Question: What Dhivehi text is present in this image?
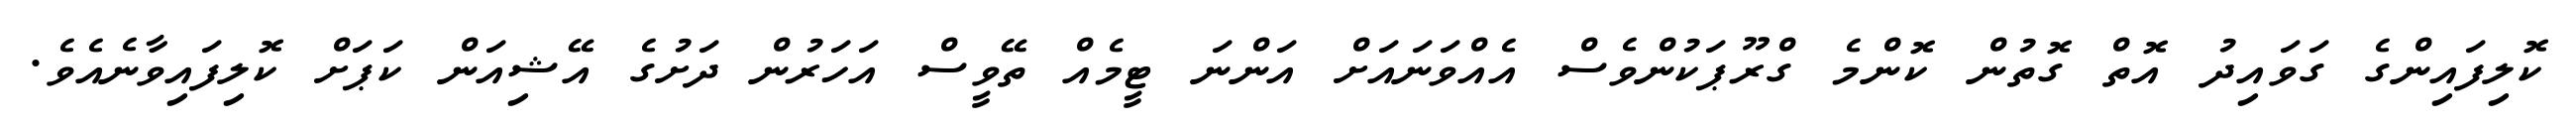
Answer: ކޮލިފައިންގެ ގަވައިދު އޮތް ގޮތުން ކޮންމެ ގްރޫޕަކުންވެސް އެއްވަނައަށް އަންނަ ޓީމެއް ތޭވީސް އަހަރުން ދަށުގެ އޭޝިއަން ކަޕަށް ކޮލިފައިވާނެއެވެ.